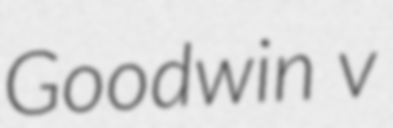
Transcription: Goodwin v